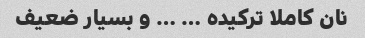
نان کاملا ترکیده … … و بسیار ضعیف